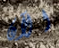
الآن